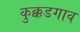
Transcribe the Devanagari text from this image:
कुक्कडगाव